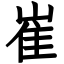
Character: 崔